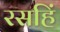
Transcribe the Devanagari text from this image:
रसहिं